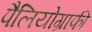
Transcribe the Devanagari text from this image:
पैलियोग्राफी